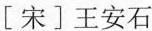
[宋]王安石